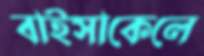
বাইসাকেলে